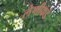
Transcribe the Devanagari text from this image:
लेणीकडे